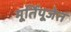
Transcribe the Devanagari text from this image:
मूर्तिपूजेत